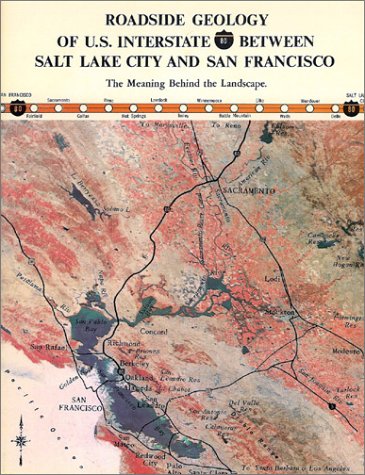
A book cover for Roadside Geology of U S Interstate 80 Between Salt Lake City and   San Francisco; Kenneth Hamblin; Travel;